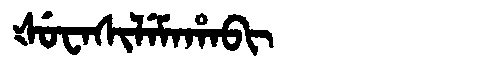
Manchu: ᡧᡠᠸᠠᠰᡳᠯᡝᠮᠠᡥᠠᠪᡳ
Romanization: ŠUWASILEMAHABI